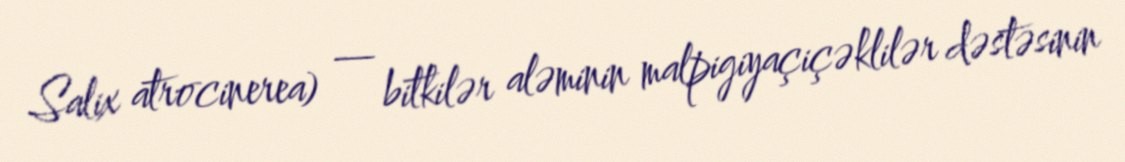
Salix atrocinerea) — bitkilər aləminin malpigiyaçiçəklilər dəstəsinin